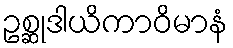
ဥစ္ဆုဒါယိကာဝိမာနံ